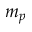
m _ { p }